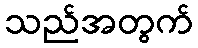
သည်အတွက်